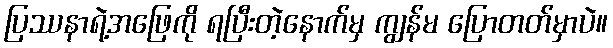
ပြဿနာရဲ့အဖြေကို ရပြီးတဲ့နောက်မှ ကျွန်မ ပြောတတ်မှာပဲ။